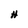
Character: H